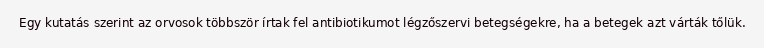
Egy kutatás szerint az orvosok többször írtak fel antibiotikumot légzőszervi betegségekre, ha a betegek azt várták tőlük.